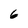
Character: G